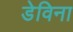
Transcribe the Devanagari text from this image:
डेविना